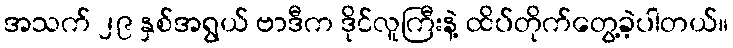
အသက် ၂၉ နှစ်အရွယ် ဗာဒီက ဒိုင်လူကြီးနဲ့ ထိပ်တိုက်တွေ့ခဲ့ပါတယ်။